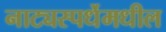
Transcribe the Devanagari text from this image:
नाट्यस्पर्धेमधील